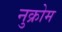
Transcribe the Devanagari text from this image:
नुक्रोम